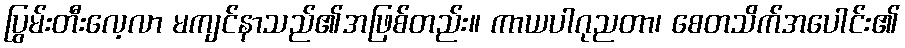
ပြွမ်းတီးလေ့လာ မကျင်နာသည်၏အဖြစ်တည်း။ ကာယပါဂုညတာ၊ စေတသိက်အပေါင်း၏